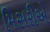
મિસરીએ